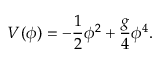
V ( \phi ) = - \frac 1 2 \phi ^ { 2 } + \frac { g } { 4 } \phi ^ { 4 } .